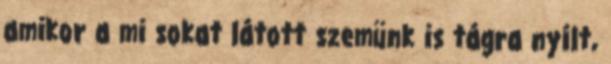
amikor a mi sokat látott szemünk is tágra nyílt,